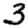
Digit: 3